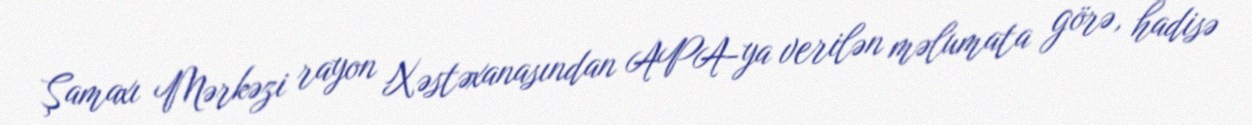
Şamaxı Mərkəzi rayon Xəstəxanasından APA-ya verilən məlumata görə, hadisə